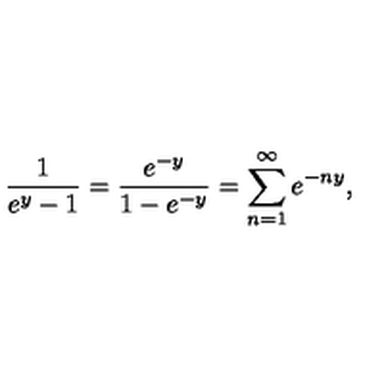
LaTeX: \frac { 1 } { e ^ { y } - 1 } = \frac { e ^ { - y } } { 1 - e ^ { - y } } = \sum _ { n = 1 } ^ { \infty } e ^ { - n y } ,